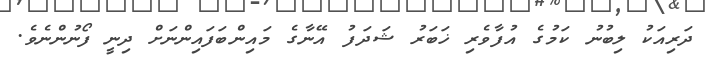
ދަރިއަކު ލިބުނު ކަމުގެ އުފާވެރި ޚަބަރު ޝަދަފު އޭނާގެ މައިންބަފައިންނަށް ދިނީ ފޯނުންނެވެ.